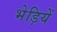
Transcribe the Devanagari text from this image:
भेड़ियें